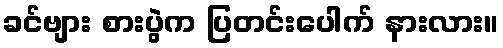
ခင်ဗျား စားပွဲက ပြတင်းပေါက် နားလား။